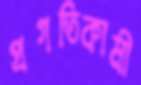
প্রগতিকামী